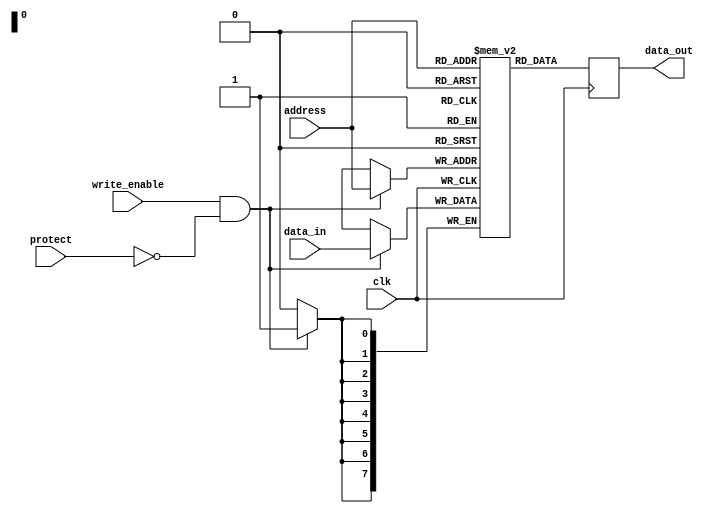
module EPROM (
    input wire clk,
    input wire write_enable,
    input wire protect,
    input wire [7:0] data_in,
    input wire [7:0] address,
    output reg [7:0] data_out
);

reg [7:0] memory [0:255]; // 256x8 memory array

always @(posedge clk) begin
    if (write_enable && !protect) begin
        memory[address] <= data_in;
    end
    data_out <= memory[address];
end

endmodule